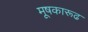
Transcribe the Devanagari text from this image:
मूषकारूढ